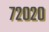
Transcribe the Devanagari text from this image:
७२०२०